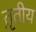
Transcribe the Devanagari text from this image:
त़ृतीय